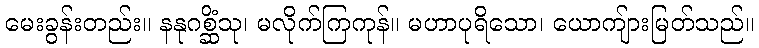
မေးခွန်းတည်း။ နနုဂစ္ဆိံသု၊ မလိုက်ကြကုန်။ မဟာပုရိသော၊ ယောကျ်ားမြတ်သည်။